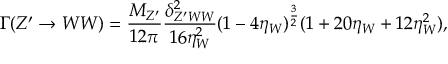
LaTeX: \Gamma ( Z ^ { \prime } \rightarrow W W ) = \frac { M _ { Z ^ { \prime } } } { 1 2 \pi } \frac { \delta _ { Z ^ { \prime } W W } ^ { 2 } } { 1 6 \eta _ { W } ^ { 2 } } ( 1 - 4 \eta _ { W } ) ^ { \frac { 3 } { 2 } } ( 1 + 2 0 \eta _ { W } + 1 2 \eta _ { W } ^ { 2 } ) ,